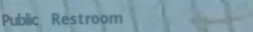
Public Restroom